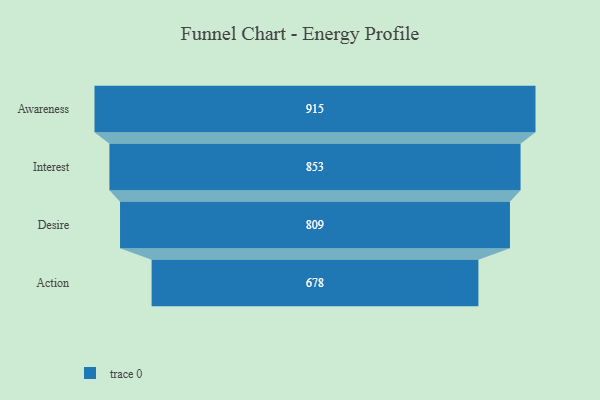
{"axis": {"x": "Stage", "y": "Value"}, "legend": [""], "data": [{"x": "Awareness", "y": 915.0, "type": ""}, {"x": "Interest", "y": 853.0, "type": ""}, {"x": "Desire", "y": 809.0, "type": ""}, {"x": "Action", "y": 678.0, "type": ""}]}